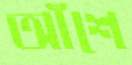
আঁশে